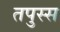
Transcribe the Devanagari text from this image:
तपुस्स